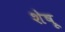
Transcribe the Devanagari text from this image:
शेषू